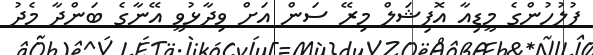
ފުލުހުންގެ މީޑިއާ އޮފިޝަލް މިރޭ ސަން އަށް ވިދާޅުވީ އޭނާގެ ބަންދާ މެދު